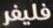
فليفر